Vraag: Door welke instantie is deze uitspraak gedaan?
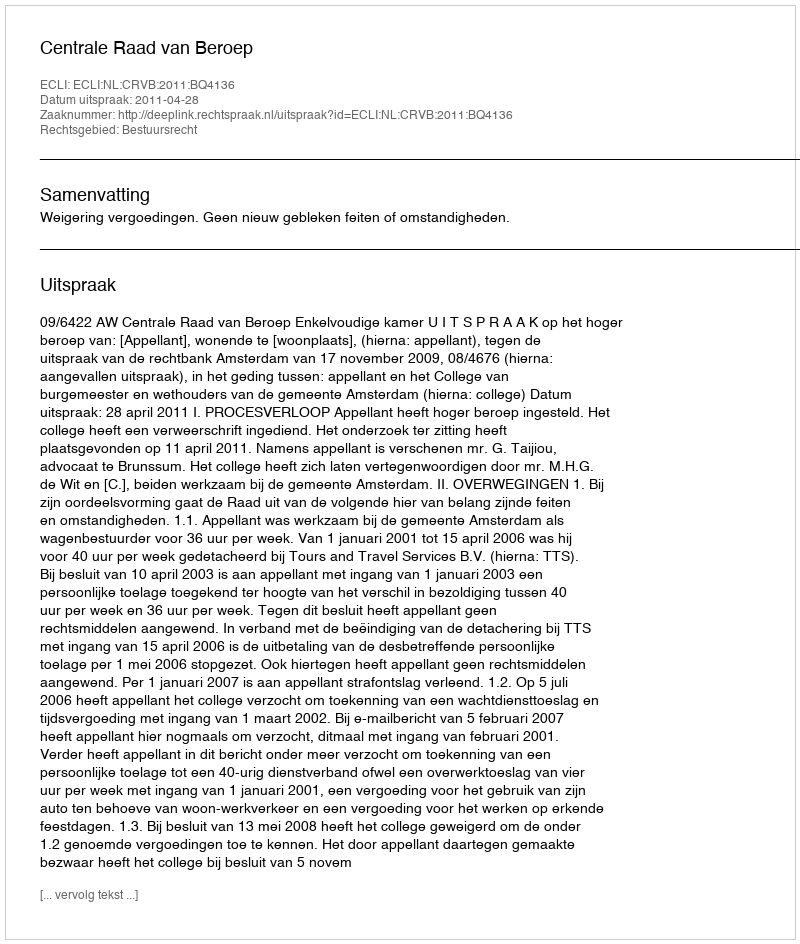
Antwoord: Centrale Raad van Beroep